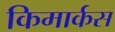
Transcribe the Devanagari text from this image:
किमार्कस